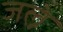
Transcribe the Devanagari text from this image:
जल्ने